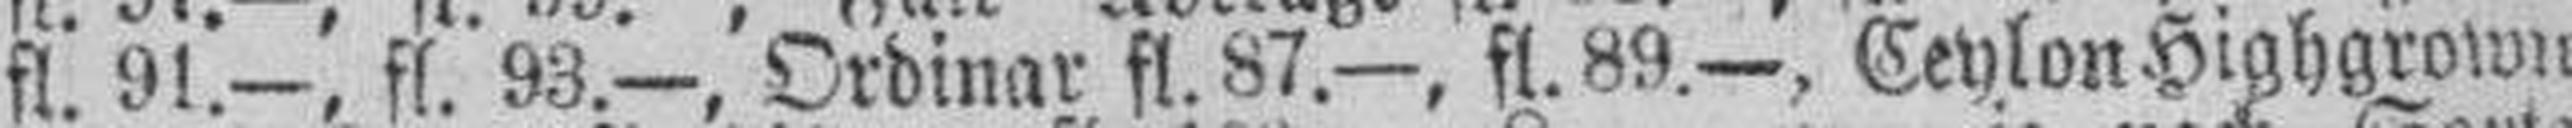
fl. 91.—, fl. 93.—, Ordinar fl. 87.—, fl. 89.—, Ceylon Highgrown